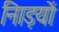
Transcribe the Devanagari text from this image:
नािड़यों